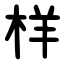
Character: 样